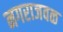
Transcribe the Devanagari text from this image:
नगराजवळ